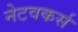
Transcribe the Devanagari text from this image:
नेटवकर्स